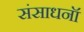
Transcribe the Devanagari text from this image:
संसाधनॉ